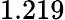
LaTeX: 1.219